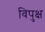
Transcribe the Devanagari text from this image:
विपुक्ष